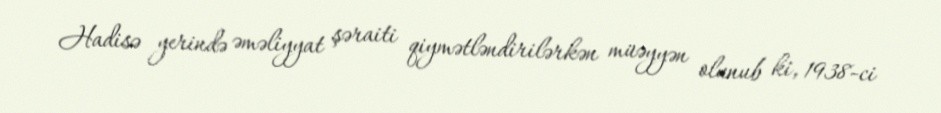
Hadisə yerində əməliyyat şəraiti qiymətləndirilərkən müəyyən olunub ki, 1938-ci